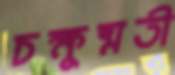
চক্ষুষ্মতী